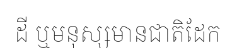
ដី ឬមនុស្សមានជាតិដែក